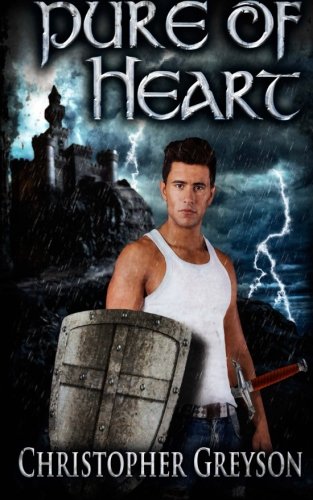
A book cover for Pure of Heart; Christopher Greyson; Science Fiction & Fantasy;